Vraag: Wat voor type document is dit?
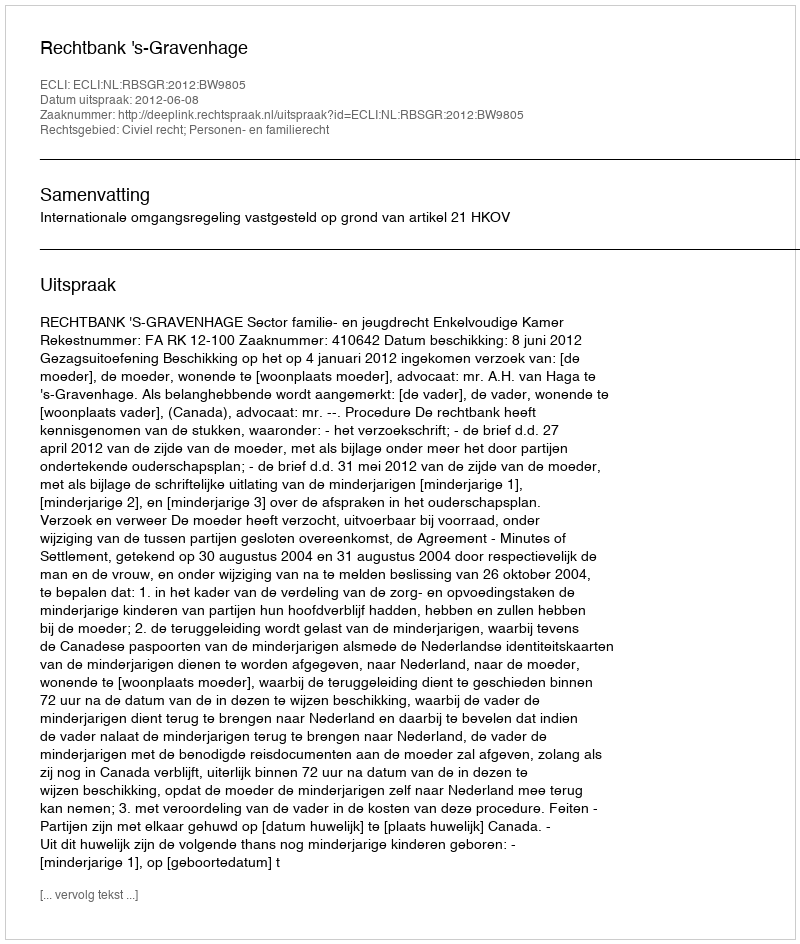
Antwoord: Uitspraak